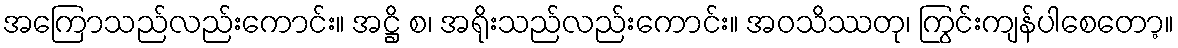
အကြောသည်လည်းကောင်း။ အဋ္ဌိ စ၊ အရိုးသည်လည်းကောင်း။ အဝသိဿတု၊ ကြွင်းကျန်ပါစေတော့။